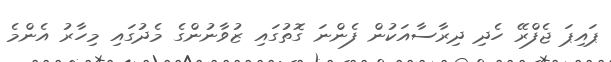
ޕައިޕަ ޖެފްރޭ ހެދި ދިރާސާއަކުން ފެންނަ ގޮތުގައި ޒުވާނުންގެ މެދުގައި މިހާރު އެންމެ